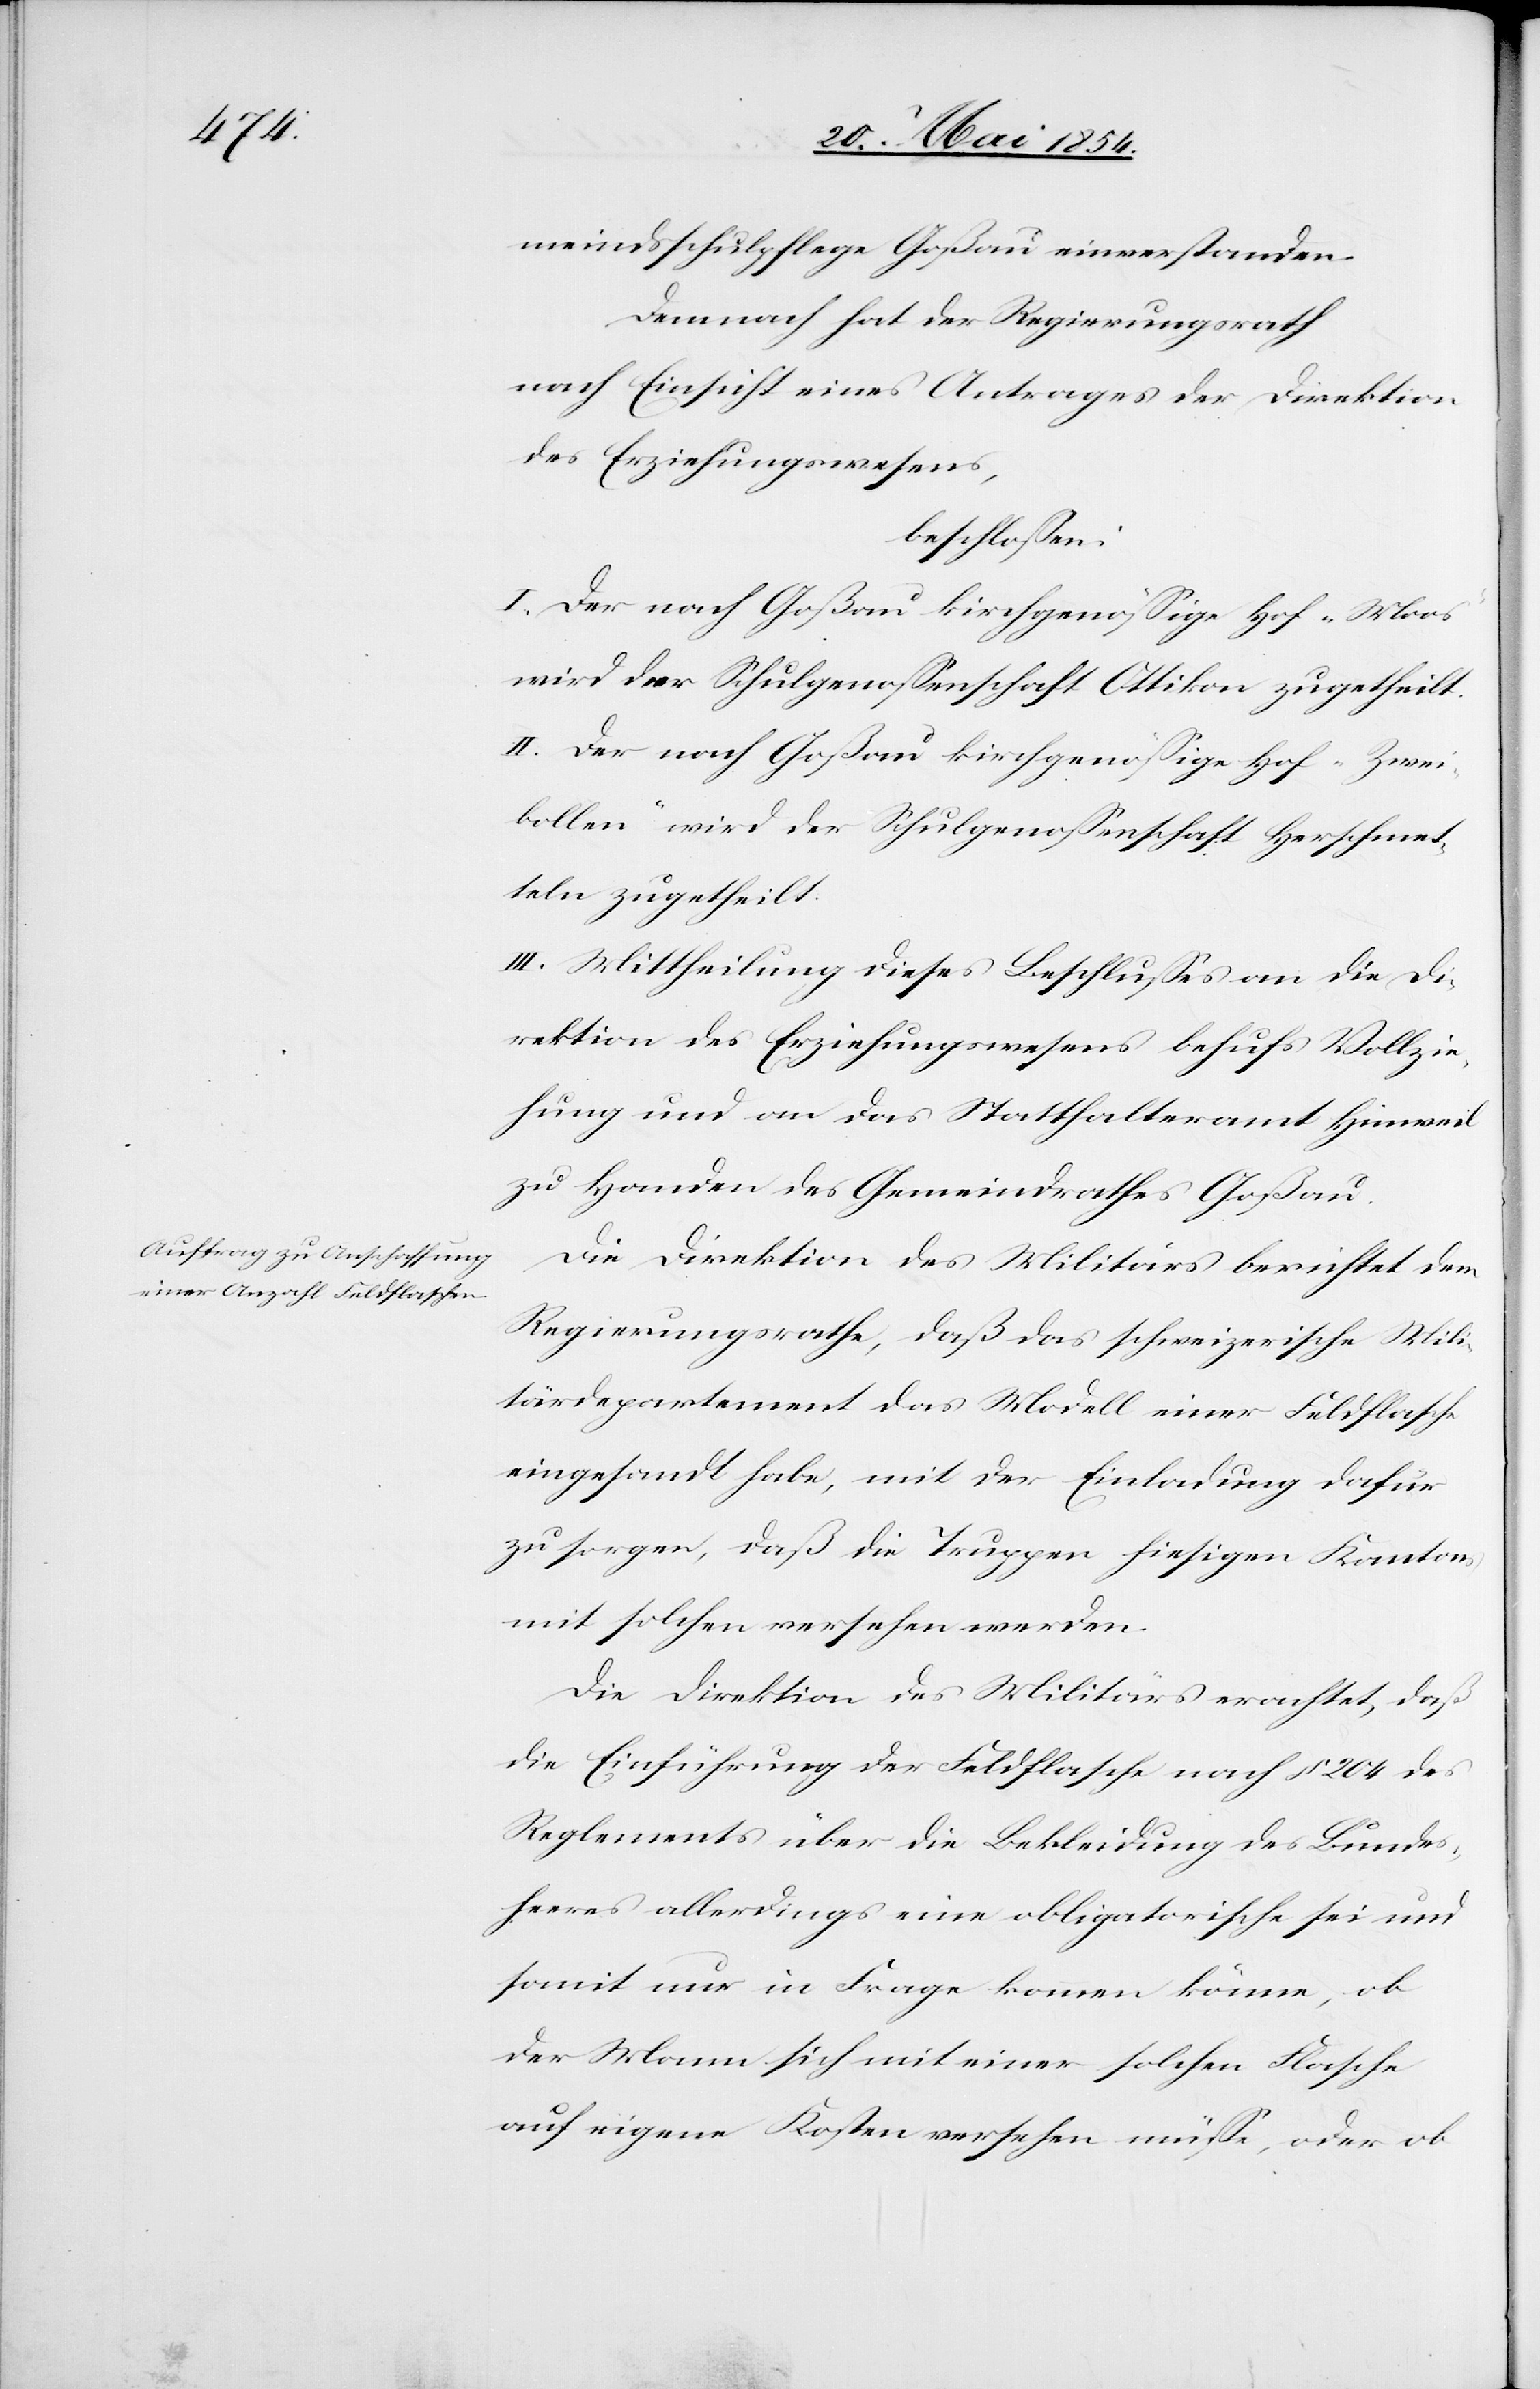
meindsschulpflege Goßau einverstanden.
Demnach hat der Regierungsrath
nach Einsicht eines Antrages der Direktion
des Erziehungswesens,
beschloßen:
I. Der nach Goßau kirchgenößige Hof „Moos“
wird der Schulgenoßenschaft Ottikon zugetheilt.
II. Der nach Goßau kirchgenößige Hof „Zwei¬
bollen“ wird der Schulgenoßenschaft Herschmet¬
tlen zugetheilt.
III. Mittheilung dieses Beschlußes an die Di¬
rektion des Erziehungswesens behufs Vollzie¬
hung und an Statthalteramt Hinweil
zu Handen des Gemeindrathes Goßau.
Die Direktion des Militärs berichtet dem
Regierungsrathe, daß das schweizerische Mili¬
tärdepartment das Modell einer Feldflasche
eingesandt habe, mit der Einladung dafür
zu sorgen, daß die Truppen hiesigen Kantons
mit solchen versehen werden.
Die Direktion des Militärs erachtet, daß
die Einführung der Feldflasche nach § 204 des
Reglements über die Bekleidung des Bundes¬
heeres allerdings eine obligatorische sei und
somit nur in Frage kommen könne, ob
der Mann sich mit einer solchen Flasche
auf eigene Kosten versehen müße, oder ob